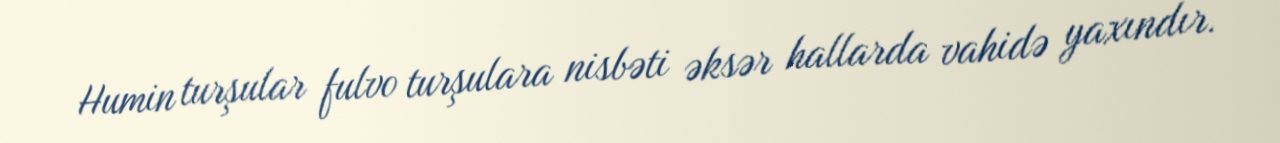
Humin turşular fulvo turşulara nisbəti əksər hallarda vahidə yaxındır.